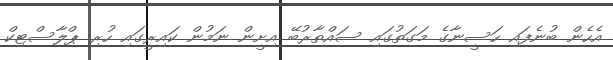
އެހެން ބުނެފައި ހަސީނާގެ މަގަތުގައި ސައްތާރުބޭ އިށީން ނަމުން ކައިރީގައި ހުރި ޕްލާސްޓިކް